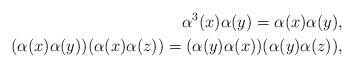
LaTeX: \begin{align*}\alpha^{3}(x)\alpha(y)=\alpha(x)\alpha(y),\\(\alpha(x)\alpha(y))(\alpha(x)\alpha(z))=(\alpha(y)\alpha(x))(\alpha(y)\alpha(z)),\end{align*}